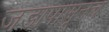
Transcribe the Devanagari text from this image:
जडापासूनच